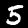
Label: 5